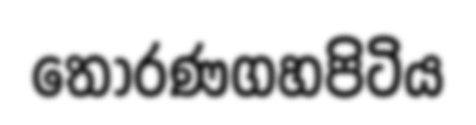
තොරණගහපිටිය